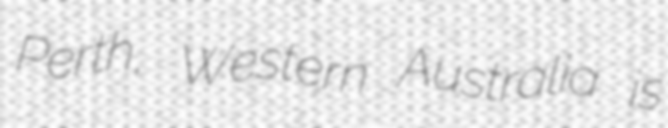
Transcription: Perth, Western Australia is